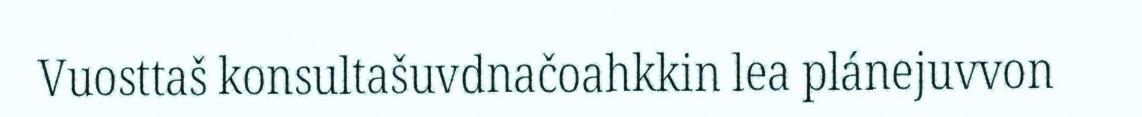
Vuosttaš konsultašuvdnačoahkkin lea plánejuvvon